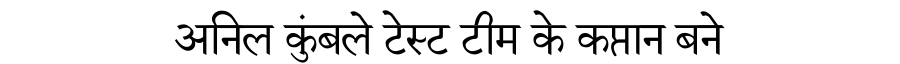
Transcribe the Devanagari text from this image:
अनिल कुंबले टेस्ट टीम के कप्तान बने